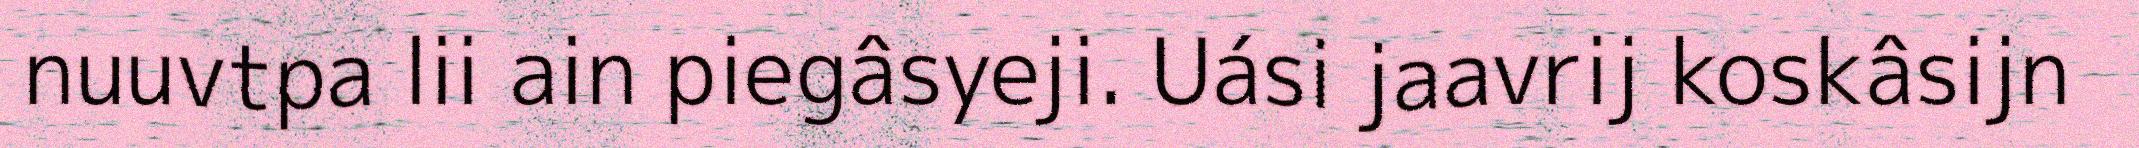
nuuvtpa lii ain piegâsyeji. Uási jaavrij koskâsijn